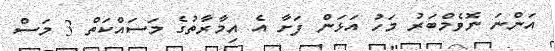
އަންނަ ނޮވެމްބަރު މަހު އަޅަން ފަށާ އެ އިމާރާތުގެ މަސައްކަތް 3 މަސް